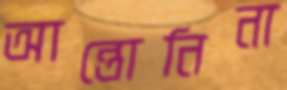
আন্তোনিনা